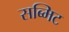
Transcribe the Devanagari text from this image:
सब्मिट